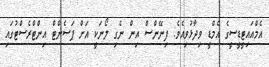
އެމްއައިޓީޑީސީގެ އެމްޑީ ވިދާޅުވިއެވެ. ފިނޭންސް އިން ނެގި ލޯނަކީ އަށް ޕަސެންޓް އިންޓްރެސްޓުގައި